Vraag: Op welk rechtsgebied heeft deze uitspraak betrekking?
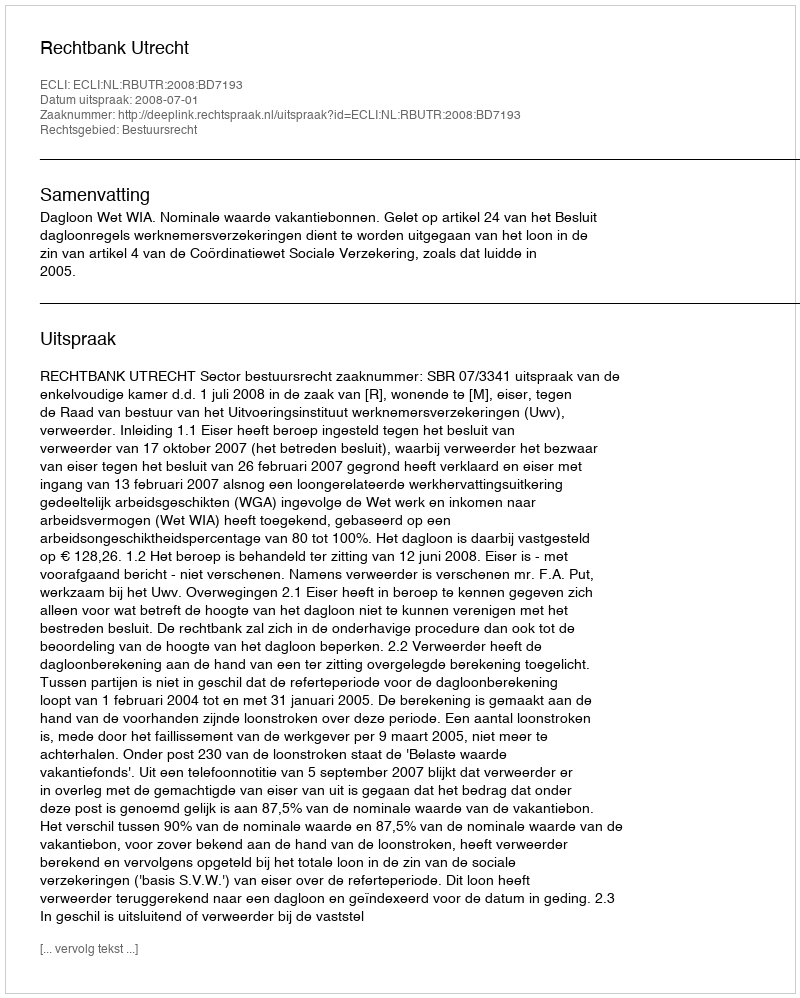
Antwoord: Bestuursrecht